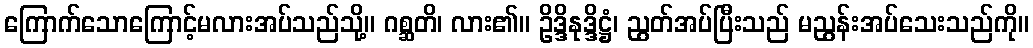
ကြောက်သောကြောင့်မလားအပ်သည်သို့။ ဂစ္ဆတိ၊ လား၏။ ဥိဒ္ဒိနုဒ္ဒိဋ္ဌံ၊ ညွတ်အပ်ပြီးသည် မညွန်းအပ်သေးသည်ကို။